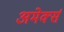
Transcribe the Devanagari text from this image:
अमेर्क्स